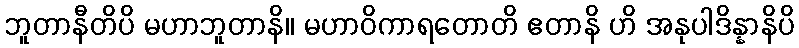
ဘူတာနီတိပိ မဟာဘူတာနိ။ မဟာဝိကာရတောတိ ဧတာနိ ဟိ အနုပါဒိန္နာနိပိ